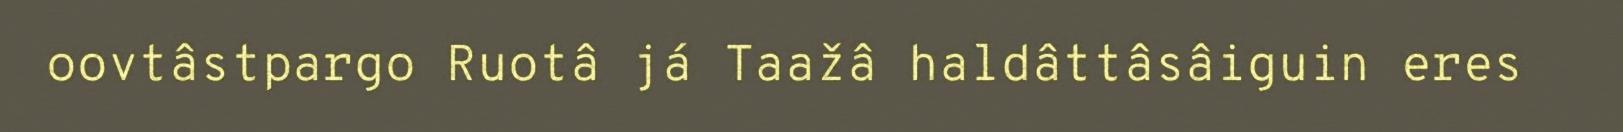
oovtâstpargo Ruotâ já Taažâ haldâttâsâiguin eres